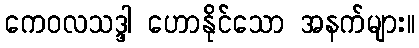
ကေဝလသဒ္ဒါ ဟောနိုင်သော အနက်များ။